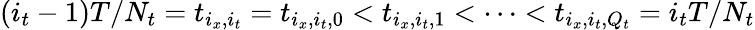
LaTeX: (i_{t}-1)T/N_{t}=t_{i_{x},i_{t}}=t_{i_{x},i_{t},0}<t_{i_{x},i_{t},1}<\cdots<t_{i_{x},i_{t},Q_{t}}=i_{t}T/N_{t}